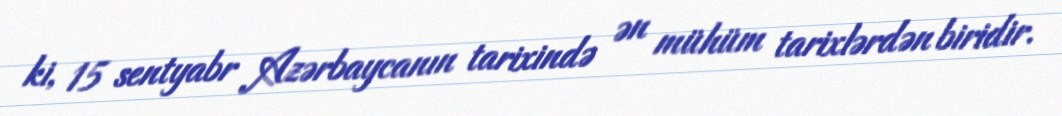
ki, 15 sentyabr Azərbaycanın tarixində ən mühüm tarixlərdən biridir.